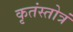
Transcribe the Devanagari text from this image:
कृतंस्तोत्रं